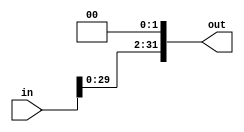
module ShiftLeft2(out, in);

input [31:0]in;
output [31:0]out;

assign out = in << 2;

endmodule